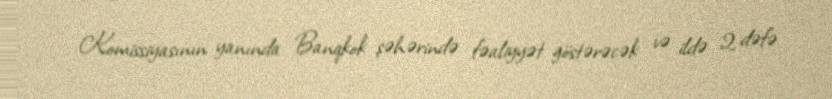
Komissiyasının yanında Banqkok şəhərində fəaliyyət göstərəcək və ildə 2 dəfə